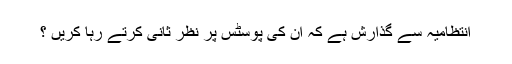
انتظامیہ سے گذارش ہے کہ ان کی پوسٹس پر نظر ثانی کرتے رہا کریں ؟